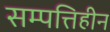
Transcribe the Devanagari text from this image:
सम्पत्तिहीन